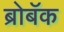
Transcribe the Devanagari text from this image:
ब्रोबॅक